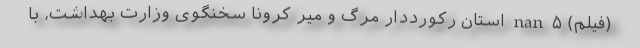
(فیلم) nan ۵ استان رکورددار مرگ و میر کرونا سخنگوی وزارت بهداشت، با